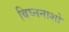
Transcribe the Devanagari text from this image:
विघ्ननाशो